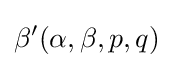
\beta '(\alpha ,\beta ,p,q)